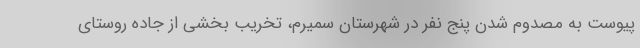
پیوست به مصدوم شدن پنج نفر در شهرستان سمیرم، تخریب بخشی از جاده روستای